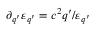
\partial _ { q ^ { \prime } } \varepsilon _ { q ^ { \prime } } = c ^ { 2 } q ^ { \prime } / \varepsilon _ { q ^ { \prime } }